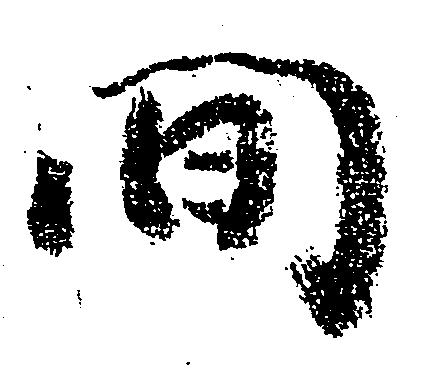
間